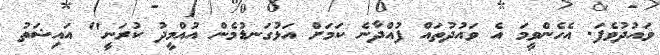
ވައުދުވެފަ. އެހެންވީމަ އެ ވައުދުތައް ފުއްދާނެ ކަމަށް އަޅުގަނޑުމެން އުއްމީދު ކުރަނީ" އައިޝަތު